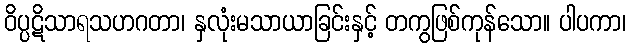
ဝိပ္ပဋိသာရသဟဂတာ၊ နှလုံးမသာယာခြင်းနှင့် တကွဖြစ်ကုန်သော။ ပါပကာ၊